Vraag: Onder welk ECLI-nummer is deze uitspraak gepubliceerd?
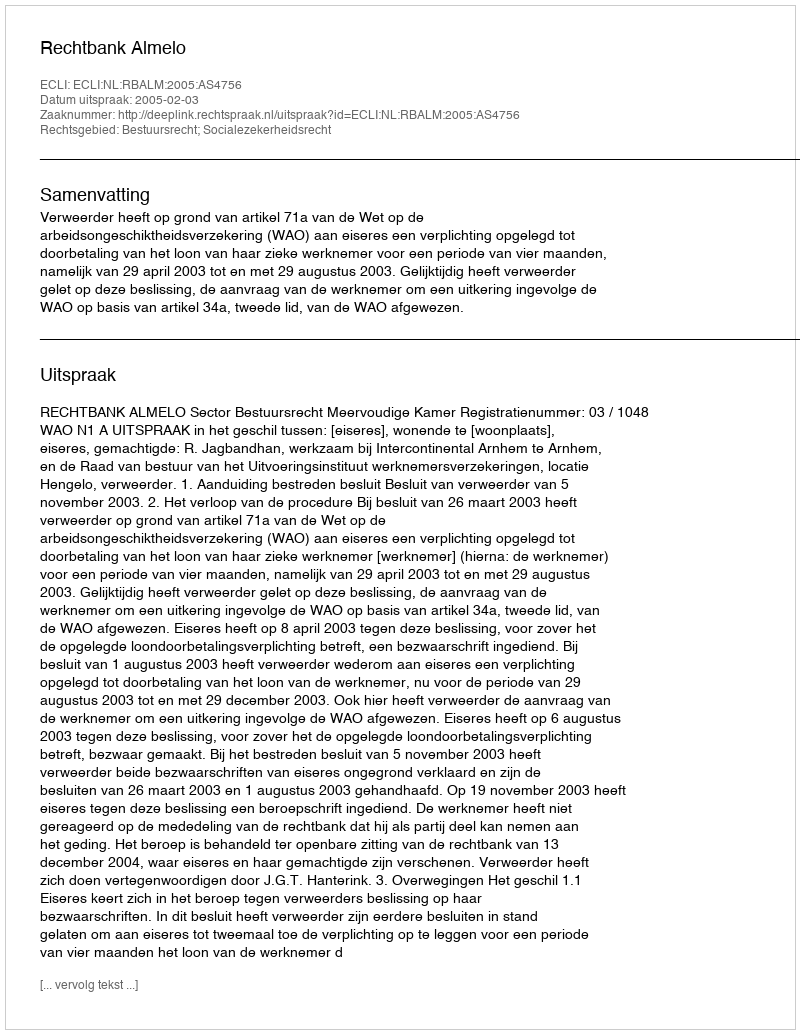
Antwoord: ECLI:NL:RBALM:2005:AS4756